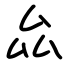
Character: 厽